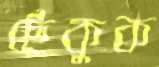
ছেঁকুক